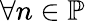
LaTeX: \forall n\in\mathbb{P}